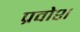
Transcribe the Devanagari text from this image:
प्रवोश